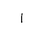
Letter: _alif